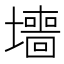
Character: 𫮶